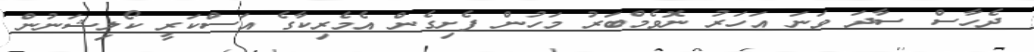
ދެހާސް ސާދަ ވަނަ އަހަރު ނޮވެމްބަރު މަހުން ފެށިގެން އެމެރިކާގެ އަސްކަރީ ކޯލިޝަނުން